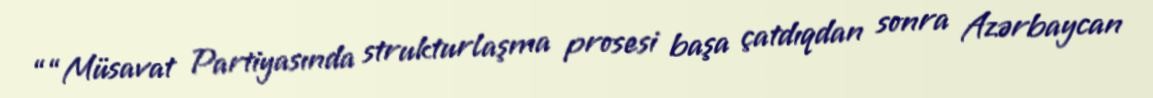
““Müsavat Partiyasında strukturlaşma prosesi başa çatdıqdan sonra Azərbaycan